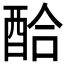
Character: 𲆪